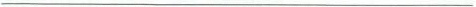
___